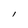
Character: I